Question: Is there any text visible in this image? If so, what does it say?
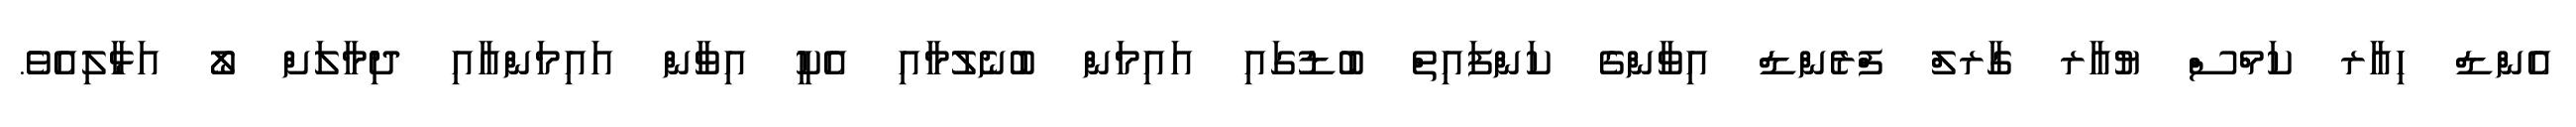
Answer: އެންޑް ހިއާރ ކަމްސް ޔުއާރ ގާރލް ފްރެންޑް އިވާންގެ ކަންފައިތް ބުޑުގައި އައިމަން ބުނެލުމާއި އެކީ އިވާން އައިމަންއާއި ދިމާލަށް ލޯ އަޅާލިއެވެ.